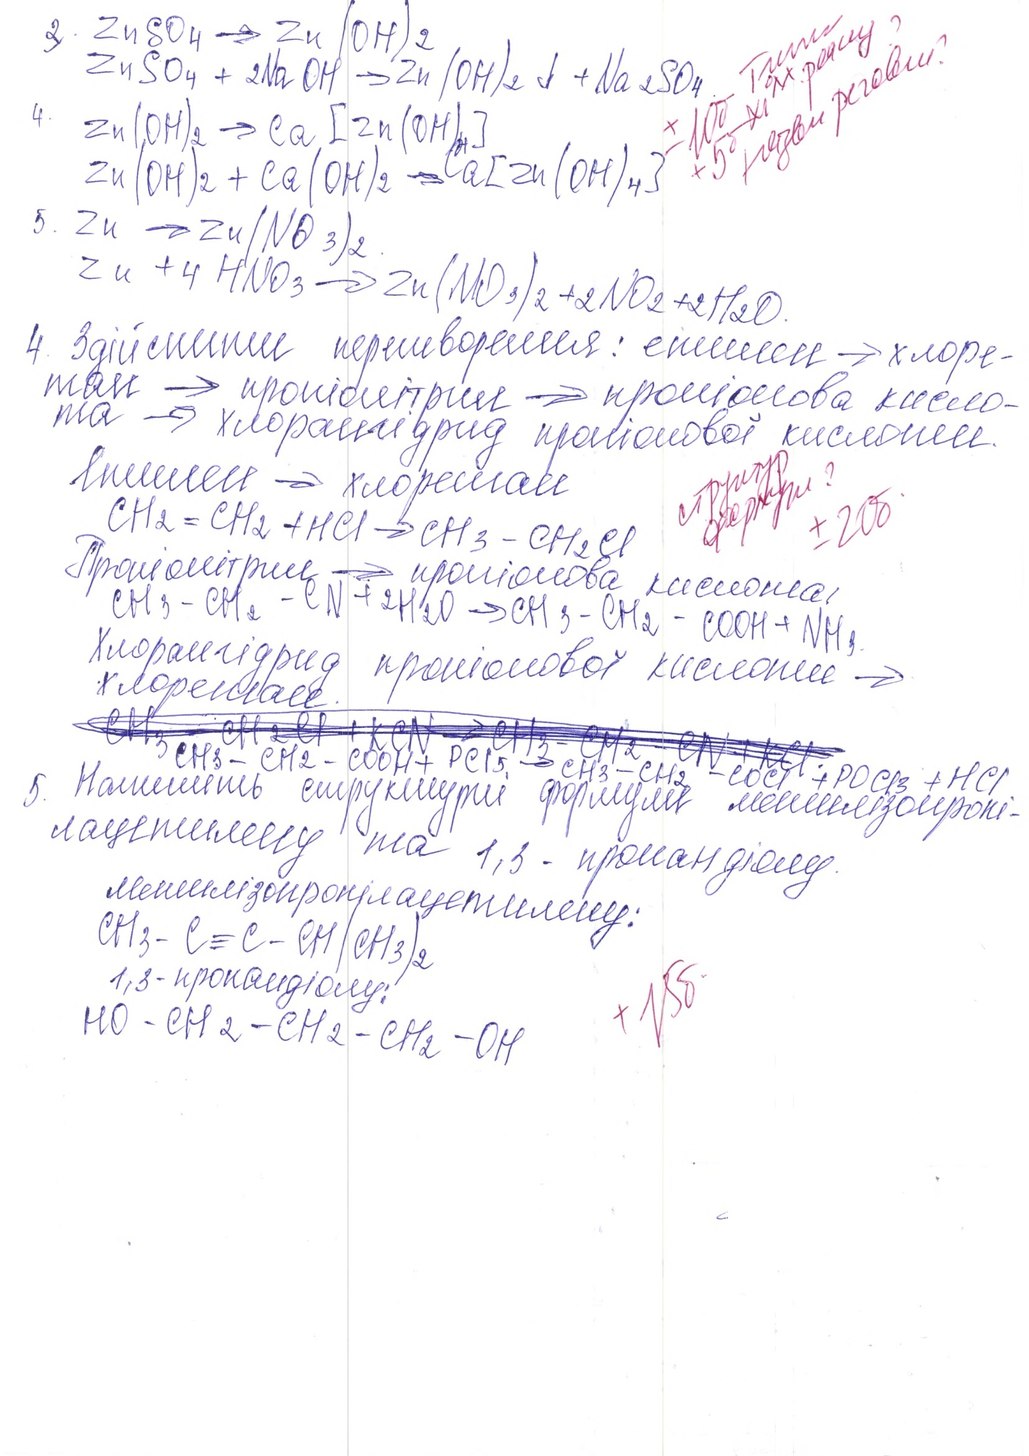
3. ZnSO4 → Zn(OH)2
ZnSO4 + 2NaOH → Zn(OH)2 ↓ + Na2SO4
4. Zn(OH)2 → Ca [Zn(OH)4]
Zn(OH)2 + Ca(OH)2 → Ca[Zn(OH)4]
5. Zn → Zn(NO3)2.
Zn + 4 HNO3 → Zn(NO3)2 + 2 NO2 + 2 H2O.
4. Здійснити перетворення: етилен →хлоре-
тан → пропіонітрил → пропіонова кисло-
та → хлорангідрид пропіонової кислоти.
етилен →хлоретан
структур. формули?
+20б
CH2 = CH2 + HCl → CH3 - CH2Cl
Пропіонітрил → пропіонова кислота
CH3 - CH2 - CN + 2H2O -> CH3 - CH2 - COOH + NH3
Хлорангідрид пропіонової кислоти →
хлоретан.
~~CH3 - CH2CI + KCN -> CH3 - CH2 -CN+KCI~~  CH3 - CH2 - COOH + PCl5 -> CH3 - CH2 - COCl + POCl3 + HCl
5. Напишіть структурні формули метилізопропі-
лацетилену та 1,3-пропандіолу
метилізопропілацетилену:
CH3-C≡C-CH(CH3)2
1,3-пропандіолу
+15б
HO - CH2 - CH2 - CH2 - OH